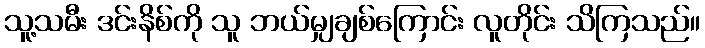
သူ့သမီး ဒင်းနိစ်ကို သူ ဘယ်မျှချစ်ကြောင်း လူတိုင်း သိကြသည်။